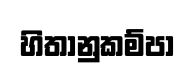
හිතානුකම්පා